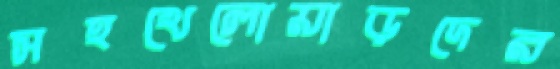
সহখেলোয়াড়দের